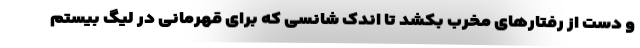
و دست از رفتارهای مخرب بکشد تا اندک شانسی که برای قهرمانی در لیگ بیستم